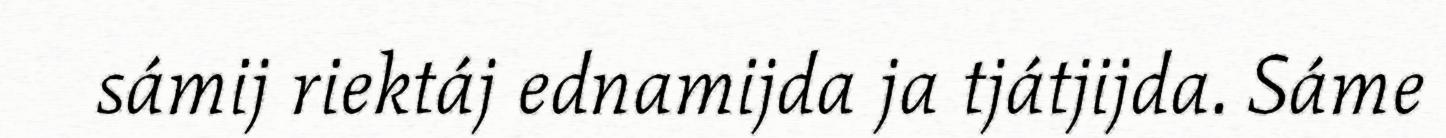
sámij riektáj ednamijda ja tjátjijda. Sáme